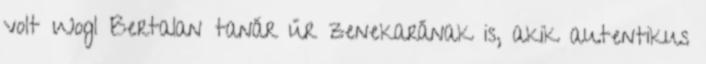
volt Wogl Bertalan tanár úr zenekarának is, akik autentikus